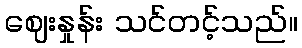
ဈေးနှုန်း သင်တင့်သည်။